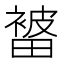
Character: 𭻭